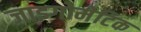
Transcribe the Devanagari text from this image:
जाइगोमेटिक